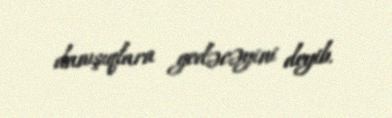
danışıqlara gedəcəyini deyib.